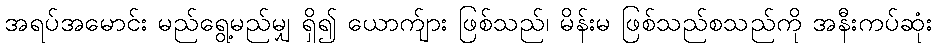
အရပ်အမောင်း မည်ရွေ့မည်မျှ ရှိ၍ ယောက်ျား ဖြစ်သည်၊ မိန်းမ ဖြစ်သည်စသည်ကို အနီးကပ်ဆုံး